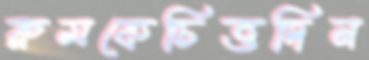
রুমকেচিত্তদিন